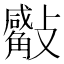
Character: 𣀣